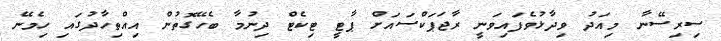
ސިރިސޭނާ މިއަދު ވިދާޅުވެފައިވަނީ ރާޖަޕަކްސައަށް ޕާޓީ ޓިކެޓް ދިނުމާ ބެހޭގޮތުން އިއްތިހާދުގައި ހިމެނޭ